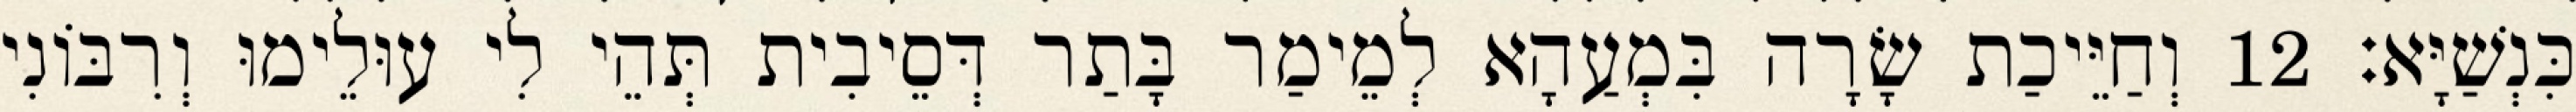
כִּנְשַׁיָּא׃ 12 וְחַיֵּיכַת שָׂרָה בִּמְעַהָא לְמֵימַר בָּתַר דְּסֵיבִית תְּהֵי לִי עוּלֵימוּ וְרִבּוֹנִי